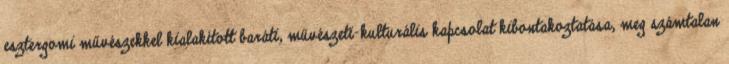
esztergomi művészekkel kialakított baráti, művészeti-kulturális kapcsolat kibontakoztatása, meg számtalan